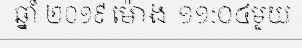
ឆ្នាំ ២០១៩ ម៉ោង ១១:០៤មួយ